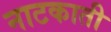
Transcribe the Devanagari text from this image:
नाटकाती